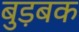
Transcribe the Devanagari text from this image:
बुड़बक